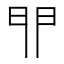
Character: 𨳈